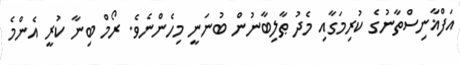
އަފްޣާނިސްތާނުގެ ކުރިމަގާއި މެދު ޠާލިބާނުން ބުނަނީ މިހެންނެވެ. ރޯމް ބިނާ ކުރީ އެންމެ